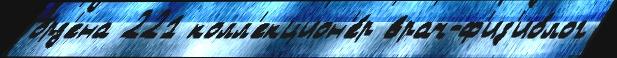
о́рд'ена 221 колл'екцион'е́р врач-ф'из'ио́лог